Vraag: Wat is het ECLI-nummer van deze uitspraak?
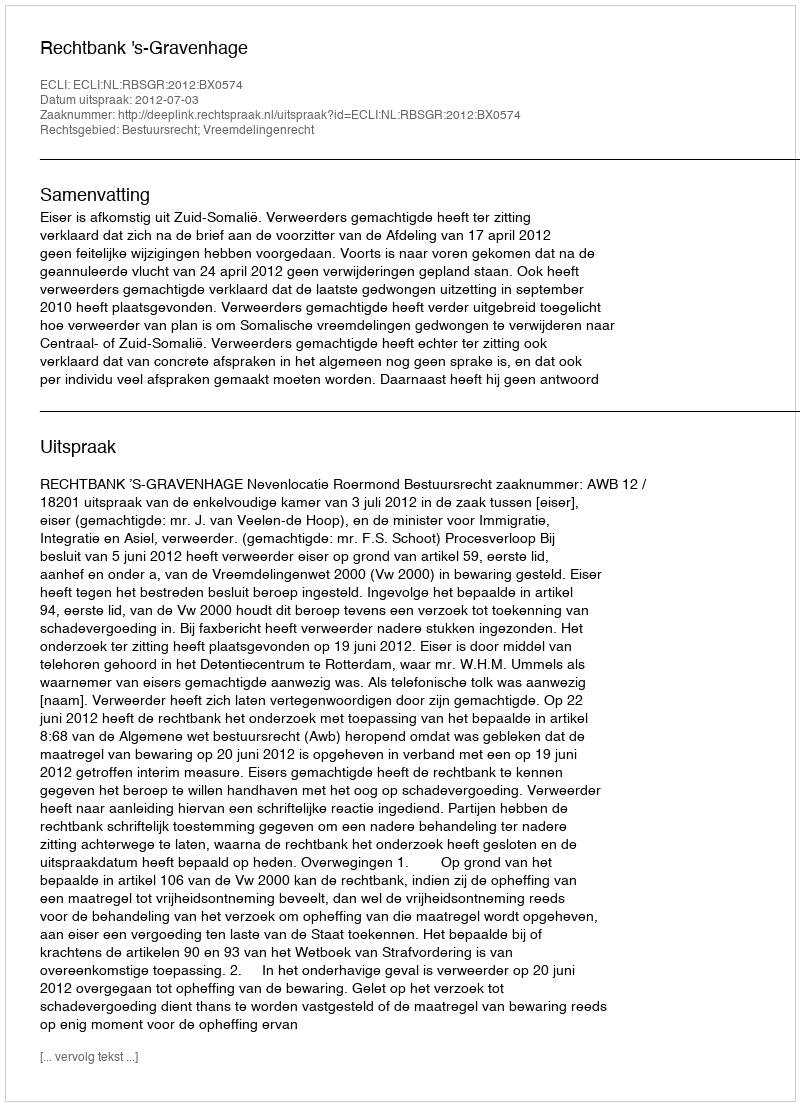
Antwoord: ECLI:NL:RBSGR:2012:BX0574